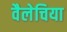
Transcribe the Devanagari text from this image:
वैलेचिया